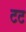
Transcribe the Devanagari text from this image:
टट